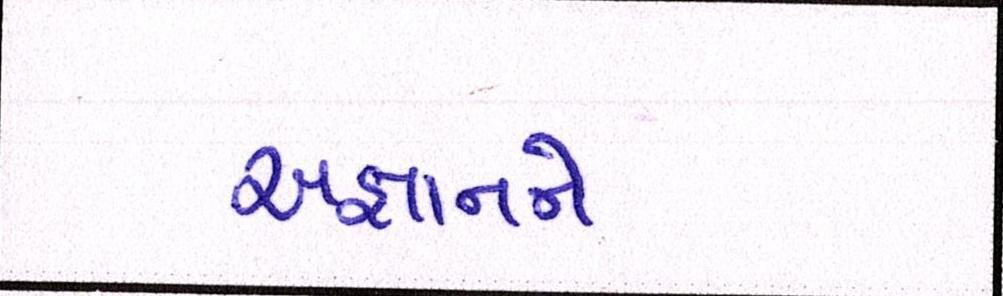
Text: અજ્ઞાનને